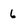
Character: 6